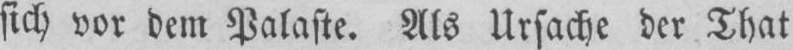
sich vor dem Palaste. Als Ursache der That